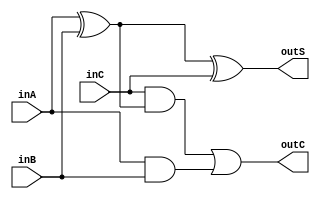
`timescale 1ns / 1ps

module full_adder(inA, inB, inC, outS, outC);

input inA, inB, inC;
output outS, outC;

assign outS=inA^inB^inC;
assign outC=inC&(inA^inB)|(inA&inB);

endmodule